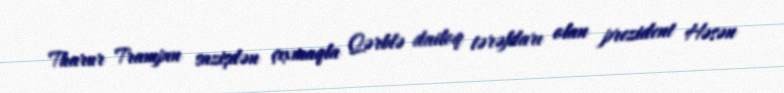
Tharur Trampın sazişdən çıxmaqla Qərblə dailoq tərəfdarı olan prezident Həsən